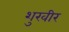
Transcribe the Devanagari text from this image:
शुरवीर